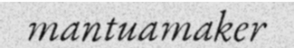
mantuamaker